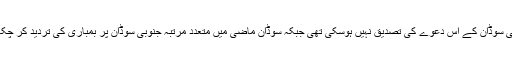
جنوبی سوڈان کے اس دعوے کی تصدیق نہیں ہوسکی تھی جبکہ سوڈان ماضی میں متعدد مرتبہ جنوبی سوڈان پر بمباری کی تردید کر چکا ہے۔